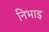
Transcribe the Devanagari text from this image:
निभाइ